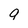
Character: 9